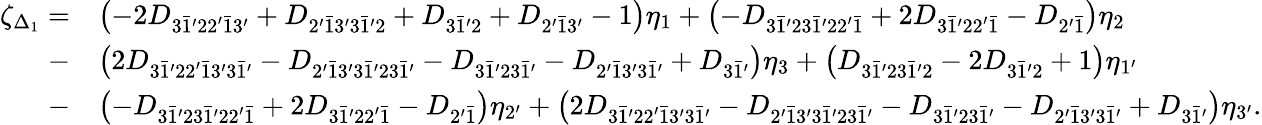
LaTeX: \begin{array}{rl}{\zeta_{\Delta_{1}}=}&{\left({-2{D_{3\bar{1}^{\prime}22^{\prime}\bar{1}3^{\prime}}}+{D_{2^{\prime}\bar{1}3^{\prime}3\bar{1}^{\prime}2}}+{D_{3\bar{1}^{\prime}2}}+{D_{2^{\prime}\bar{1}3^{\prime}}}-1}\right){\eta_{1}}+\left({-{D_{3\bar{1}^{\prime}23\bar{1}^{\prime}22^{\prime}\bar{1}}}+2{D_{3\bar{1}^{\prime}22^{\prime}\bar{1}}}-{D_{2^{\prime}\bar{1}}}}\right){\eta_{2}}}\\ {-}&{\left({2{D_{3\bar{1}^{\prime}22^{\prime}\bar{1}3^{\prime}3\bar{1}^{\prime}}}-{D_{2^{\prime}\bar{1}3^{\prime}3\bar{1}^{\prime}23\bar{1}^{\prime}}}-{D_{3\bar{1}^{\prime}23\bar{1}^{\prime}}}-{D_{2^{\prime}\bar{1}3^{\prime}3\bar{1}^{\prime}}}+{D_{3\bar{1}^{\prime}}}}\right){\eta_{3}}+\left({{D_{3\bar{1}^{\prime}23\bar{1}^{\prime}2}}-2{D_{3\bar{1}^{\prime}2}}+1}\right){\eta_{1^{\prime}}}}\\ {-}&{\left({-{D_{3\bar{1}^{\prime}23\bar{1}^{\prime}22^{\prime}\bar{1}}}+2{D_{3\bar{1}^{\prime}22^{\prime}\bar{1}}}-{D_{2^{\prime}\bar{1}}}}\right){\eta_{2^{\prime}}}+\left({2{D_{3\bar{1}^{\prime}22^{\prime}\bar{1}3^{\prime}3\bar{1}^{\prime}}}-{D_{2^{\prime}\bar{1}3^{\prime}3\bar{1}^{\prime}23\bar{1}^{\prime}}}-{D_{3\bar{1}^{\prime}23\bar{1}^{\prime}}}-{D_{2^{\prime}\bar{1}3^{\prime}3\bar{1}^{\prime}}}+{D_{3\bar{1}^{\prime}}}}\right){\eta_{3^{\prime}}}.}\end{array}